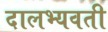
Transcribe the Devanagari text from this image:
दालभ्यवती